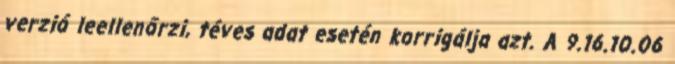
verzió leellenőrzi, téves adat esetén korrigálja azt. A 9.16.10.06